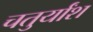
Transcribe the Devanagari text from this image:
चतुर्यांश